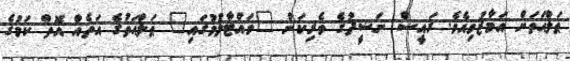
ޠަލްޙަތަށް އަމާޒުވިއެވެ. ރައީސް ނަޝީދުގެ ވެރިކަން "ވައްޓާލުމުގައި" ޠަލްޙަތުގެ އަތެއް އޮތް ކަމުގެ